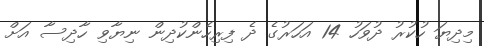
މިދިޔަ ހުކުރު ދުވަހު 14 އަހަރުގެ ދެ ފިރިހެންކުދިން ނިޔާވި ހާދިސާ އަށް